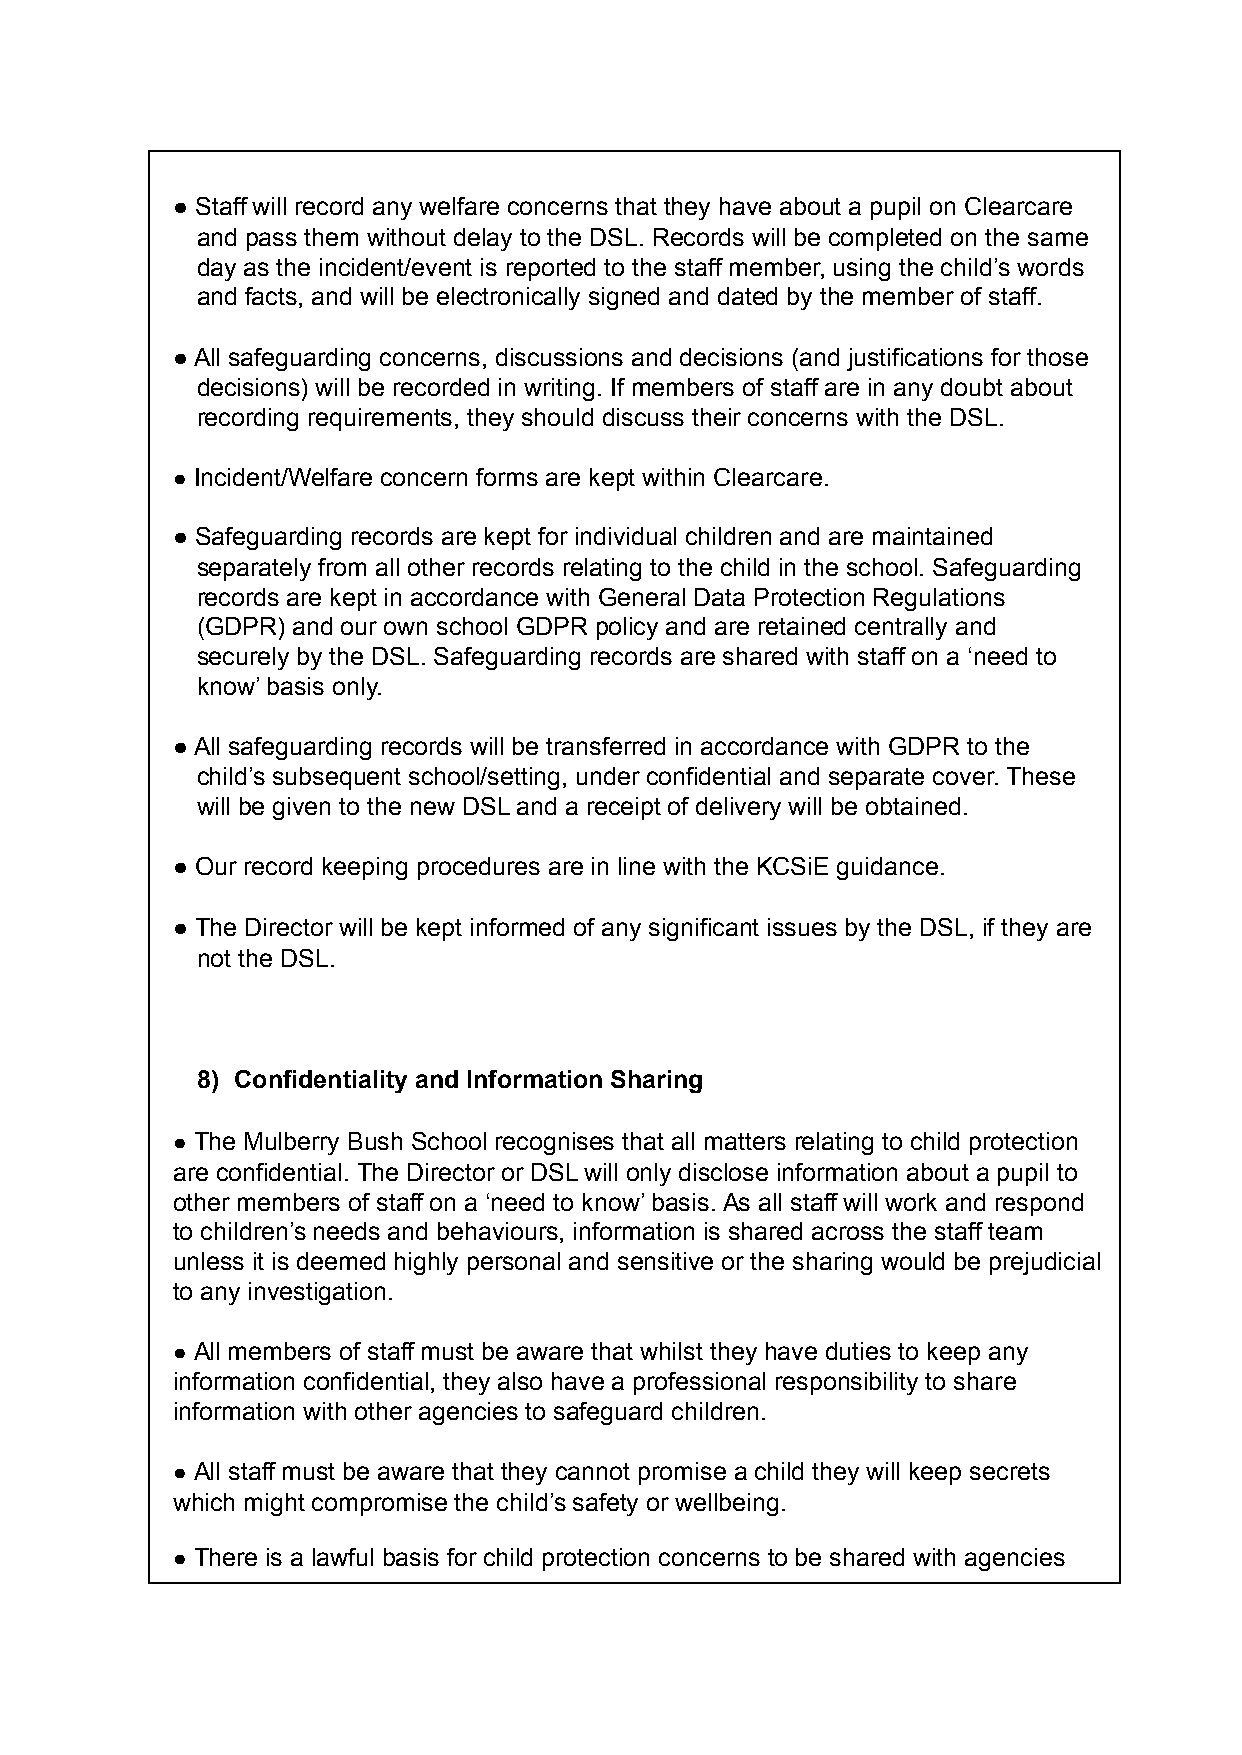
● Staff will record any welfare concerns that they have about a pupil on Clearcare
 and pass them without delay to the DSL. Records will be completed on the same
 day as the incident/event is reported to the staff member, using the child’s words
 and facts, and will be electronically signed and dated by the member of staff.
 ● All safeguarding concerns, discussions and decisions (and justifications for those
 decisions) will be recorded in writing. If members of staff are in any doubt about
 recording requirements, they should discuss their concerns with the DSL.
 ● Incident/Welfare concern forms are kept within Clearcare.
 ● Safeguarding records are kept for individual children and are maintained
 separately from all other records relating to the child in the school. Safeguarding
 records are kept in accordance with General Data Protection Regulations
 (GDPR) and our own school GDPR policy and are retained centrally and
 securely by the DSL. Safeguarding records are shared with staff on a ‘need to
 know’ basis only.
 ● All safeguarding records will be transferred in accordance with GDPR to the
 child’s subsequent school/setting, under confidential and separate cover. These
 will be given to the new DSL and a receipt of delivery will be obtained.
 ● Our record keeping procedures are in line with the KCSiE guidance.
 ● The Director will be kept informed of any significant issues by the DSL, if they are
 not the DSL.
 8) Confidentiality and Information Sharing
 ● The Mulberry Bush School recognises that all matters relating to child protection
 are confidential. The Director or DSL will only disclose information about a pupil to
 other members of staff on a ‘need to know’ basis. As all staff will work and respond
 to children’s needs and behaviours, information is shared across the staff team
 unless it is deemed highly personal and sensitive or the sharing would be prejudicial
 to any investigation.
 ● All members of staff must be aware that whilst they have duties to keep any
 information confidential, they also have a professional responsibility to share
 information with other agencies to safeguard children.
 ● All staff must be aware that they cannot promise a child they will keep secrets
 which might compromise the child’s safety or wellbeing.
 ● There is a lawful basis for child protection concerns to be shared with agencies